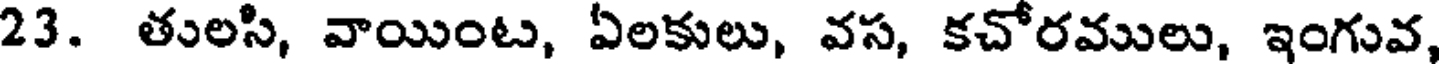
23. తులసి, వాయింట, ఏలకులు, వస, కచోరములు, ఇంగువ,